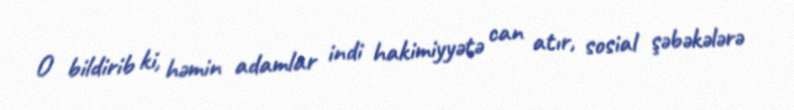
O bildirib ki, həmin adamlar indi hakimiyyətə can atır, sosial şəbəkələrə